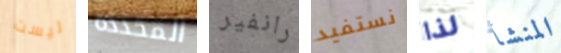
ليست المحددة رانفير نستفيد لذا المنشأ